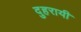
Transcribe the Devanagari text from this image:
दुहरायी